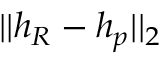
| | h _ { R } - h _ { p } | | _ { 2 }